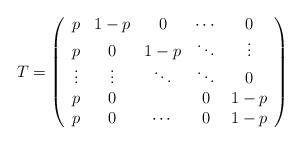
LaTeX: \begin{align*}T=\left( \begin{array}{ccccc}p & 1-p & 0 & \cdots & 0 \\p & 0 & 1- p & \ddots & \vdots \\\vdots & \vdots & \ddots & \ddots & 0\\p & 0 & & 0 & 1-p\\p & 0 & \cdots & 0 & 1-p \end{array} \right) \end{align*}